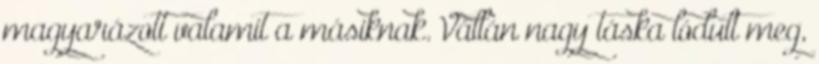
magyarázott valamit a másiknak. Vállán nagy táska lódult meg,